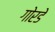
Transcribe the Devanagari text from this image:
गोरडे